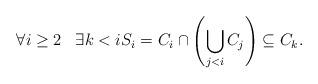
LaTeX: \begin{align*} \forall i\geq 2\;\;\; \exists k<iS_{i}=C_{i}\cap \left(\bigcup_{j<i} C_{j}\right)\subseteq C_{k}.\end{align*}